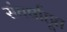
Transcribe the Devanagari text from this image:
संघर्षाहूत